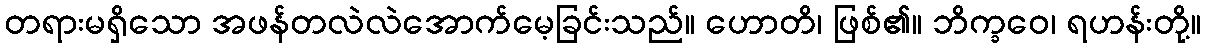
တရားမရှိသော အဖန်တလဲလဲအောက်မေ့ခြင်းသည်။ ဟောတိ၊ ဖြစ်၏။ ဘိက္ခဝေ၊ ရဟန်းတို့။